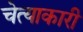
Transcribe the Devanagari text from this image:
चेत्याकारी